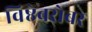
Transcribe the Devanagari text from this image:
विष्ठेबरोबर